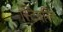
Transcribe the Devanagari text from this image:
स्टियरिन